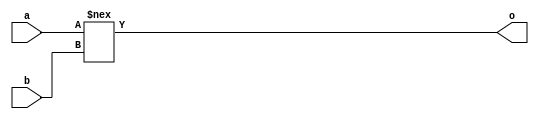
module basic_compare_nee(input [1:0] a, input[1:0] b, output o);
	assign o = a !== b;
endmodule